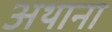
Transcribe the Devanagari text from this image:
अथाना